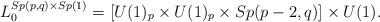
LaTeX: \begin{align*} L_0^{Sp(p,q)\times Sp(1)} = [U(1)_p\times U(1)_p\times Sp(p-2,q)] \times U(1).\end{align*}